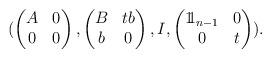
LaTeX: \begin{align*}(\begin{pmatrix}A & 0\\0 & 0\end{pmatrix},\begin{pmatrix}B & tb\\b & 0\end{pmatrix},I,\begin{pmatrix}1\!\!1_{n-1} & 0\\0 & t\end{pmatrix}).\end{align*}